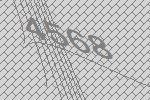
4568